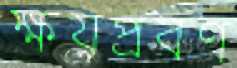
ক্ষয়প্রবণ